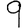
Digit: 9